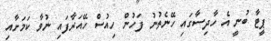
ޕީޓާ ބުނީ އެ ހާދިސާގައި ހޭނެތުނު ފަހުން ހިއުސް ހޭއަރާފައި ނުވާ ކަމަށާއި